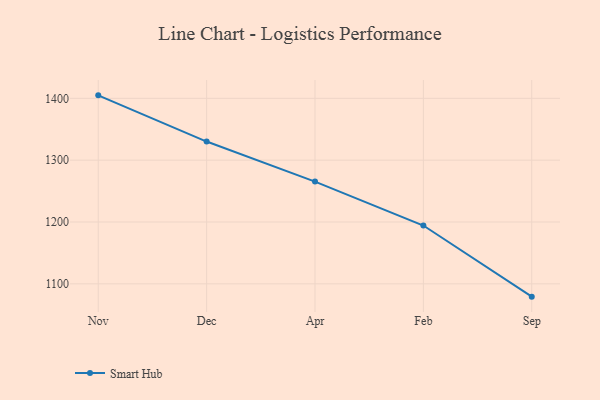
{"axis": {"x": "Month", "y": "Operating Costs (USD K)"}, "legend": ["Smart Hub"], "data": [{"x": "Nov", "y": 1404.8, "type": "Smart Hub"}, {"x": "Dec", "y": 1330.1, "type": "Smart Hub"}, {"x": "Apr", "y": 1265.4, "type": "Smart Hub"}, {"x": "Feb", "y": 1194.3, "type": "Smart Hub"}, {"x": "Sep", "y": 1079.3, "type": "Smart Hub"}]}